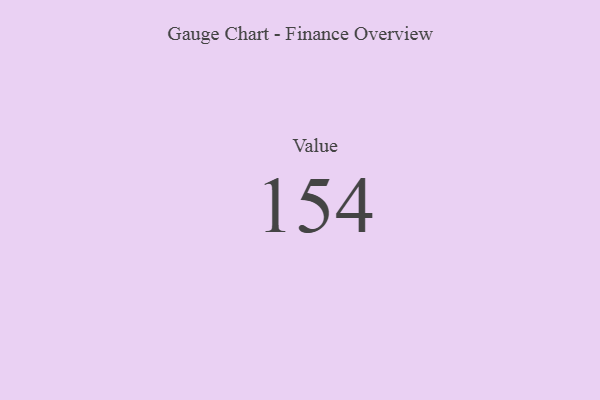
{"axis": {"x": "Metric", "y": "Value"}, "legend": [""], "data": [{"x": "Value", "y": 154, "type": ""}]}